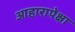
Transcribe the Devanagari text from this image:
आहारापेक्षा